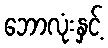
ဘောလုံးနှင့်